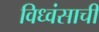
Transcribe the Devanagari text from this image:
विध्वंसाची